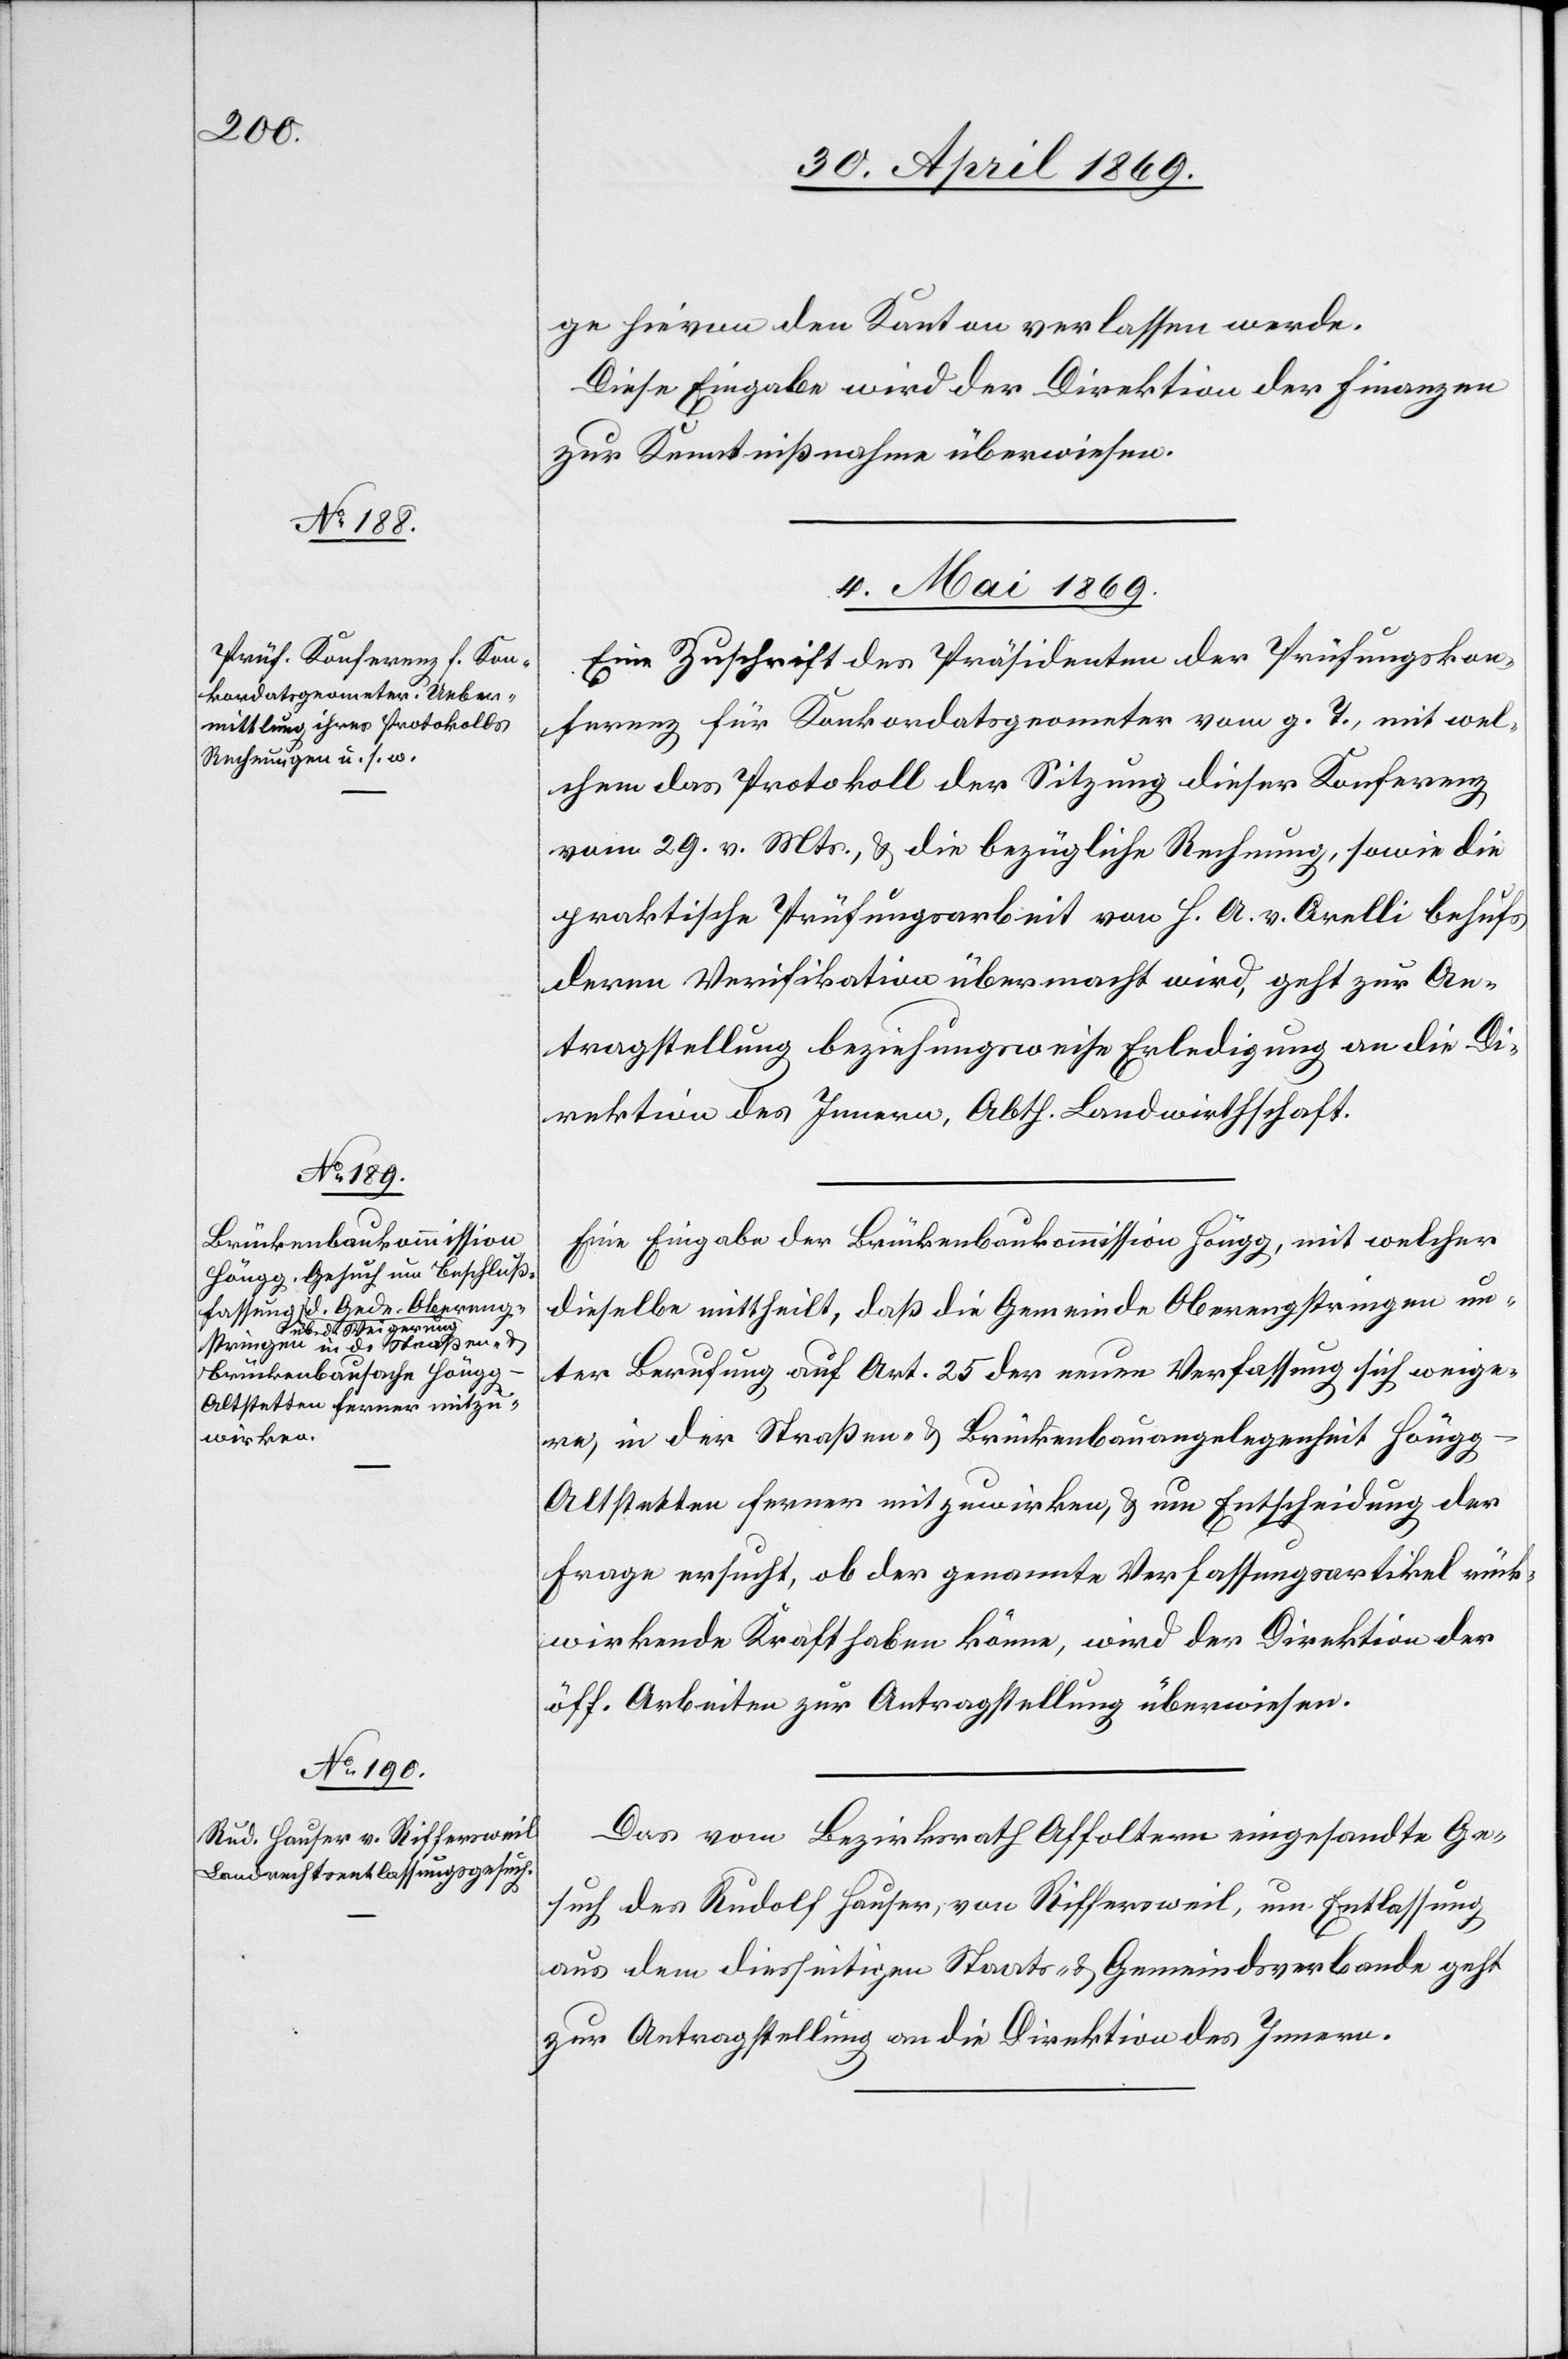
ge hievon den Kanton verlassen werde.
Diese Eingabe wird der Direktion der Finanzen
zur Kenntnißnahme überwiesen.
4. Mai 1869.]
Eine Zuschrift des Präsidenten der Prüfungskon¬
ferenz für Konkordatsprometer vom g. T., mit wel¬
chem das Protokoll der Sitzung dieser Konferenz,
vom 29. v. Mts., u. die bezügliche Rechnung, sowie die
praktische Prüfungsarbeit von H. A. v. Orelli behufs
deren Verifikation übermacht wird, geht zur An¬
tragstellung beziehungsweise Erledigung an die Di¬
rektion des Innern, Abth. Landwirthschaft.
Eine Eingabe der Brückenbaukommission Höngg, mit welcher
dieselbe mittheilt, daß die Gemeinde Oberengstringen un¬
ter Berufung auf Art. 25 der neuen Verfassung sich weige¬
re, in der Straßen- u. Brückenbauangelegenheit Höng¬
g–Altstetten ferner mitzuwirken, u. um Entscheidung der
Frage ersucht, ob der genannte Verfassungsartikel rück¬
wirkende Kraft haben könne, wird der Direktion der
öff. Arbeiten zur Antragstellung überwiesen.
Das vom Bezirksrath Affoltern eingesandte Ge¬
such des Rudolf Hauser, von Riffersweil, um Entlassung
aus dem diesseitigen Staats- u. Gemeindsverbande geht
zur Antragstellung an die Direktion des Innern.